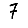
Digit: 7